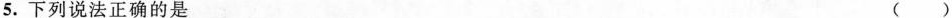
5.下列说法正确的是 ()